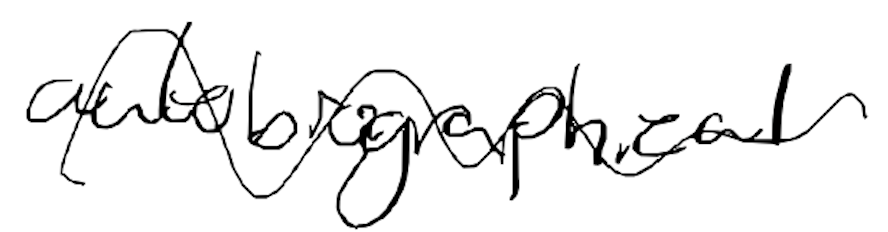
Text: autobiographical
Cross-out: wave
Writing tool: digital_black